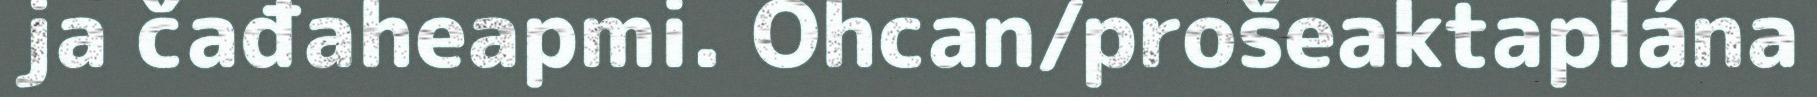
ja čađaheapmi. Ohcan/prošeaktaplána